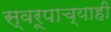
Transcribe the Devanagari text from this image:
स्वरूपाच्याही